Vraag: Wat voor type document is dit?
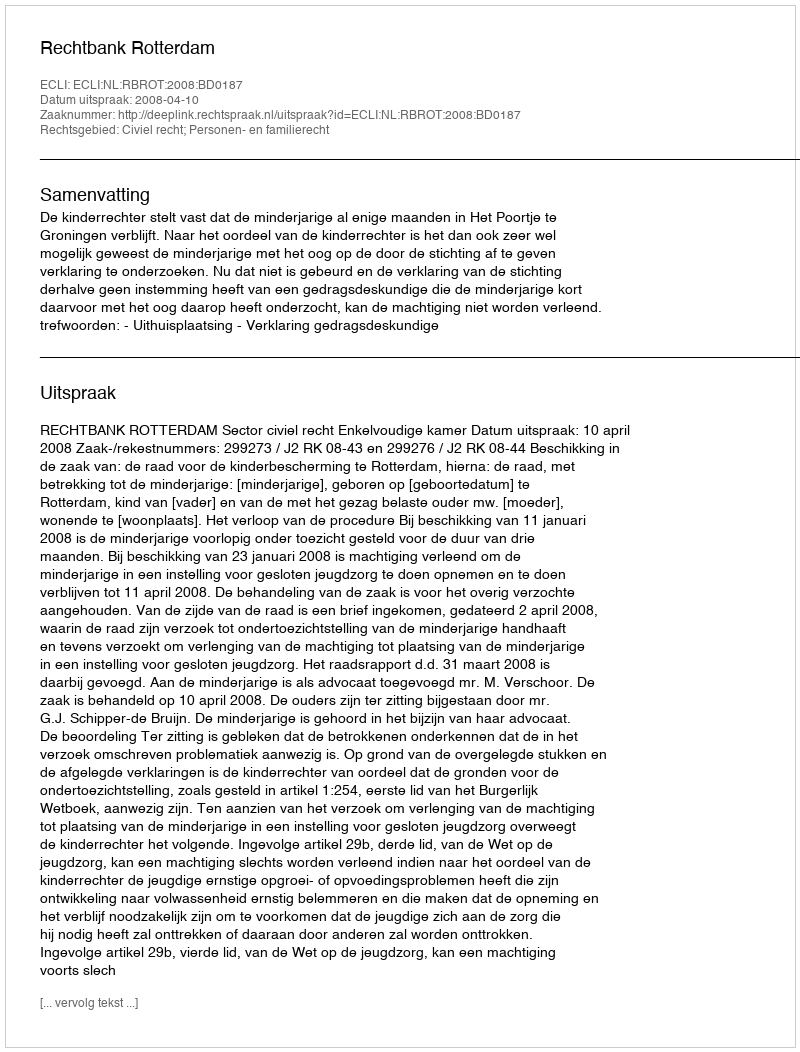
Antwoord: Uitspraak